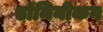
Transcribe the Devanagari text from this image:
डॉमिनीकन